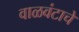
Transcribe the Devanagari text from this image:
वाळवंटाचे